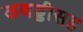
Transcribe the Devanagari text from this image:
कबड्डीसह